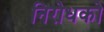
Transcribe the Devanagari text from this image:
निरोधको